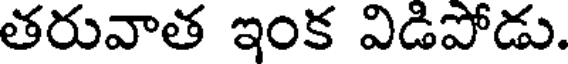
తరువాత ఇంక విడిపోడు.